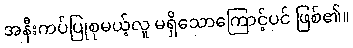
အနီးကပ်ပြုစုမယ့်လူ မရှိသောကြောင့်ပင် ဖြစ်၏။